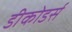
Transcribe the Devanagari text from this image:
डीकोडर्स